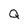
Character: Q